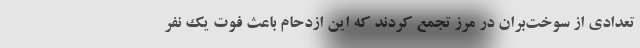
تعدادی از سوخت‌بران در مرز تجمع کردند که این ازدحام باعث فوت یک نفر